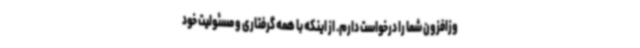
وزافزون شما را درخواست دارم. از اینکه با همه‌ گرفتاری و مسئولیت خود